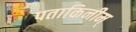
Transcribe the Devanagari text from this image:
पताकिनीम्